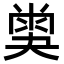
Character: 𡙪